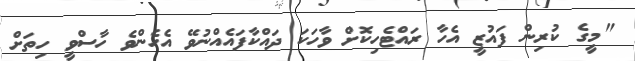
"މީގެ ކުރިން ފައުޒީ އެހާ ރައްޓެހިކޮށް ވާހަކަ ދައްކާފައެއްނުވޭ އެހެންވެ ހާސްވީ ހިތަށް